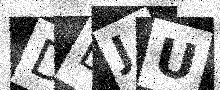
Text: DDJU